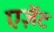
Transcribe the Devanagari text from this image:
एज़ेंट